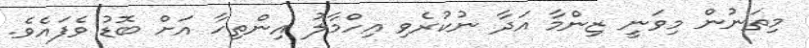
މިތަނުން މިވަނީ ޒިންމާ އަދާ ނުކުރެވި އިހްމާލު އިންތިހާ އަށް ބޮޑު ވެފައެވެ.